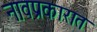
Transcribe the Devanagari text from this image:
नावप्रकारात